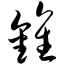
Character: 钟